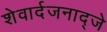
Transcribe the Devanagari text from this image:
शेवार्दजनाद्जे